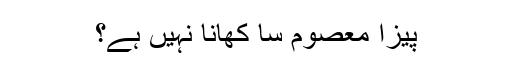
پیزا معصوم سا کھانا نہیں ہے؟